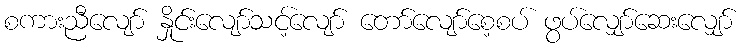
စကားညီလျော် နှိုင်းလျော်သင့်လျော် တော်လျော်စေ့စပ် ဖွပ်လျှော်ဆေးလျှော်